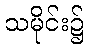
သမိုင်း၌